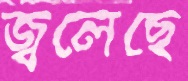
জ্বলেছে